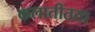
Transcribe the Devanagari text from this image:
कलातीतता